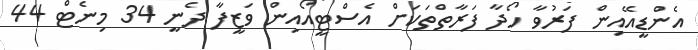
އެންޑީއޭއިން ފަރުވާ ހޯދާ ފަރާތްތަކަށް އެސްޓީއޯއިން ވަޒީފާ ދެނީ 34 މިނެޓް 44